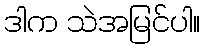
ဒါက သဲအမြင်ပါ။